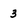
Character: 3